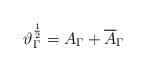
LaTeX: \begin{align*}\vartheta^{\frac 1 2}_\Gamma = A_\Gamma + \overline A_\Gamma\end{align*}